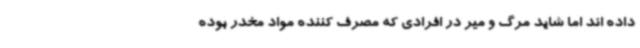
داده اند اما شاید مرگ و میر در افرادی که مصرف کننده مواد مخدر بوده